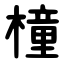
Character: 橦